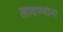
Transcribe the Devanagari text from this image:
लावण्यांना